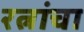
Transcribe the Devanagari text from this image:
रत्नांचा